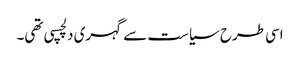
اسی طرح سیاست سے گہری دلچسپی تھی۔